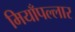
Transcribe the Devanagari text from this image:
मियाँपल्लार